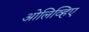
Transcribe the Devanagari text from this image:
ओलिव्हिए